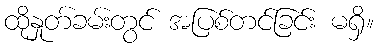
ထိုနှုတ်ခမ်းတွင် အပြစ်တင်ခြင်း မရှိ။